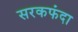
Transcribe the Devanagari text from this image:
सरकफंदा